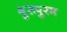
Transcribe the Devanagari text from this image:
गुरूपुरम